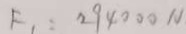
F _ { 1 } = 2 9 4 0 0 0 N